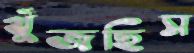
খুঁজছিস